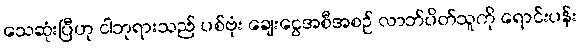
သေဆုံးပြီဟု ငါဘုရားသည် ပစ်ဗုံး ချေးငွေအစီအစဉ် လာဘ်ပိတ်သူကို ရောင်းပန်း